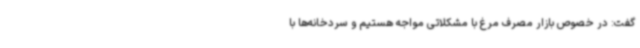
گفت: در خصوص بازار مصرف مرغ با مشکلاتی مواجه هستیم و سردخانه‌ها با